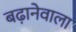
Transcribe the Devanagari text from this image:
बढा़नेवाला